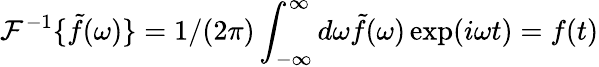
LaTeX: \mathcal{F}^{-1}\{ \tilde{f}(\omega)\} =1/(2\pi)\int_{-\infty}^{\infty}d\omega\tilde{f}(\omega)\exp(i\omega t)=f(t)